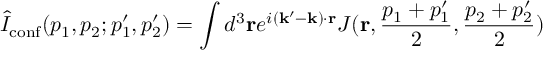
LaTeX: \hat { I } _ { \mathrm { c o n f } } ( p _ { 1 } , p _ { 2 } ; p _ { 1 } ^ { \prime } , p _ { 2 } ^ { \prime } ) = \int d ^ { 3 } { \bf r } e ^ { i ( { \bf k } ^ { \prime } - { \bf k } ) \cdot { \bf r } } J ( { \bf r } , { \frac { { p } _ { 1 } + p _ { 1 } ^ { \prime } } { 2 } } , { \frac { p _ { 2 } + p _ { 2 } ^ { \prime } } { 2 } } )